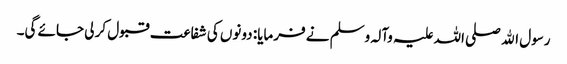
رسول اﷲ صلی اللہ علیہ وآلہ وسلم نے فرمایا: دونوں کی شفاعت قبول کر لی جائے گی۔